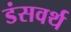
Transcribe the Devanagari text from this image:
डंसवर्थ